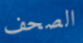
الصحف